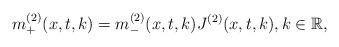
LaTeX: \begin{align*} m^{(2)}_{+}(x,t,k)=m^{(2)}_{-}(x,t,k)J^{(2)}(x,t,k), k\in\mathbb{R}, \end{align*}